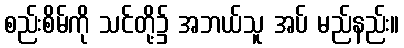
စည်းစိမ်ကို သင်တို့၌ အဘယ်သူ အပ် မည်နည်း။